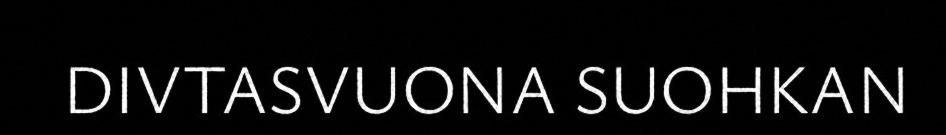
DIVTASVUONA SUOHKAN